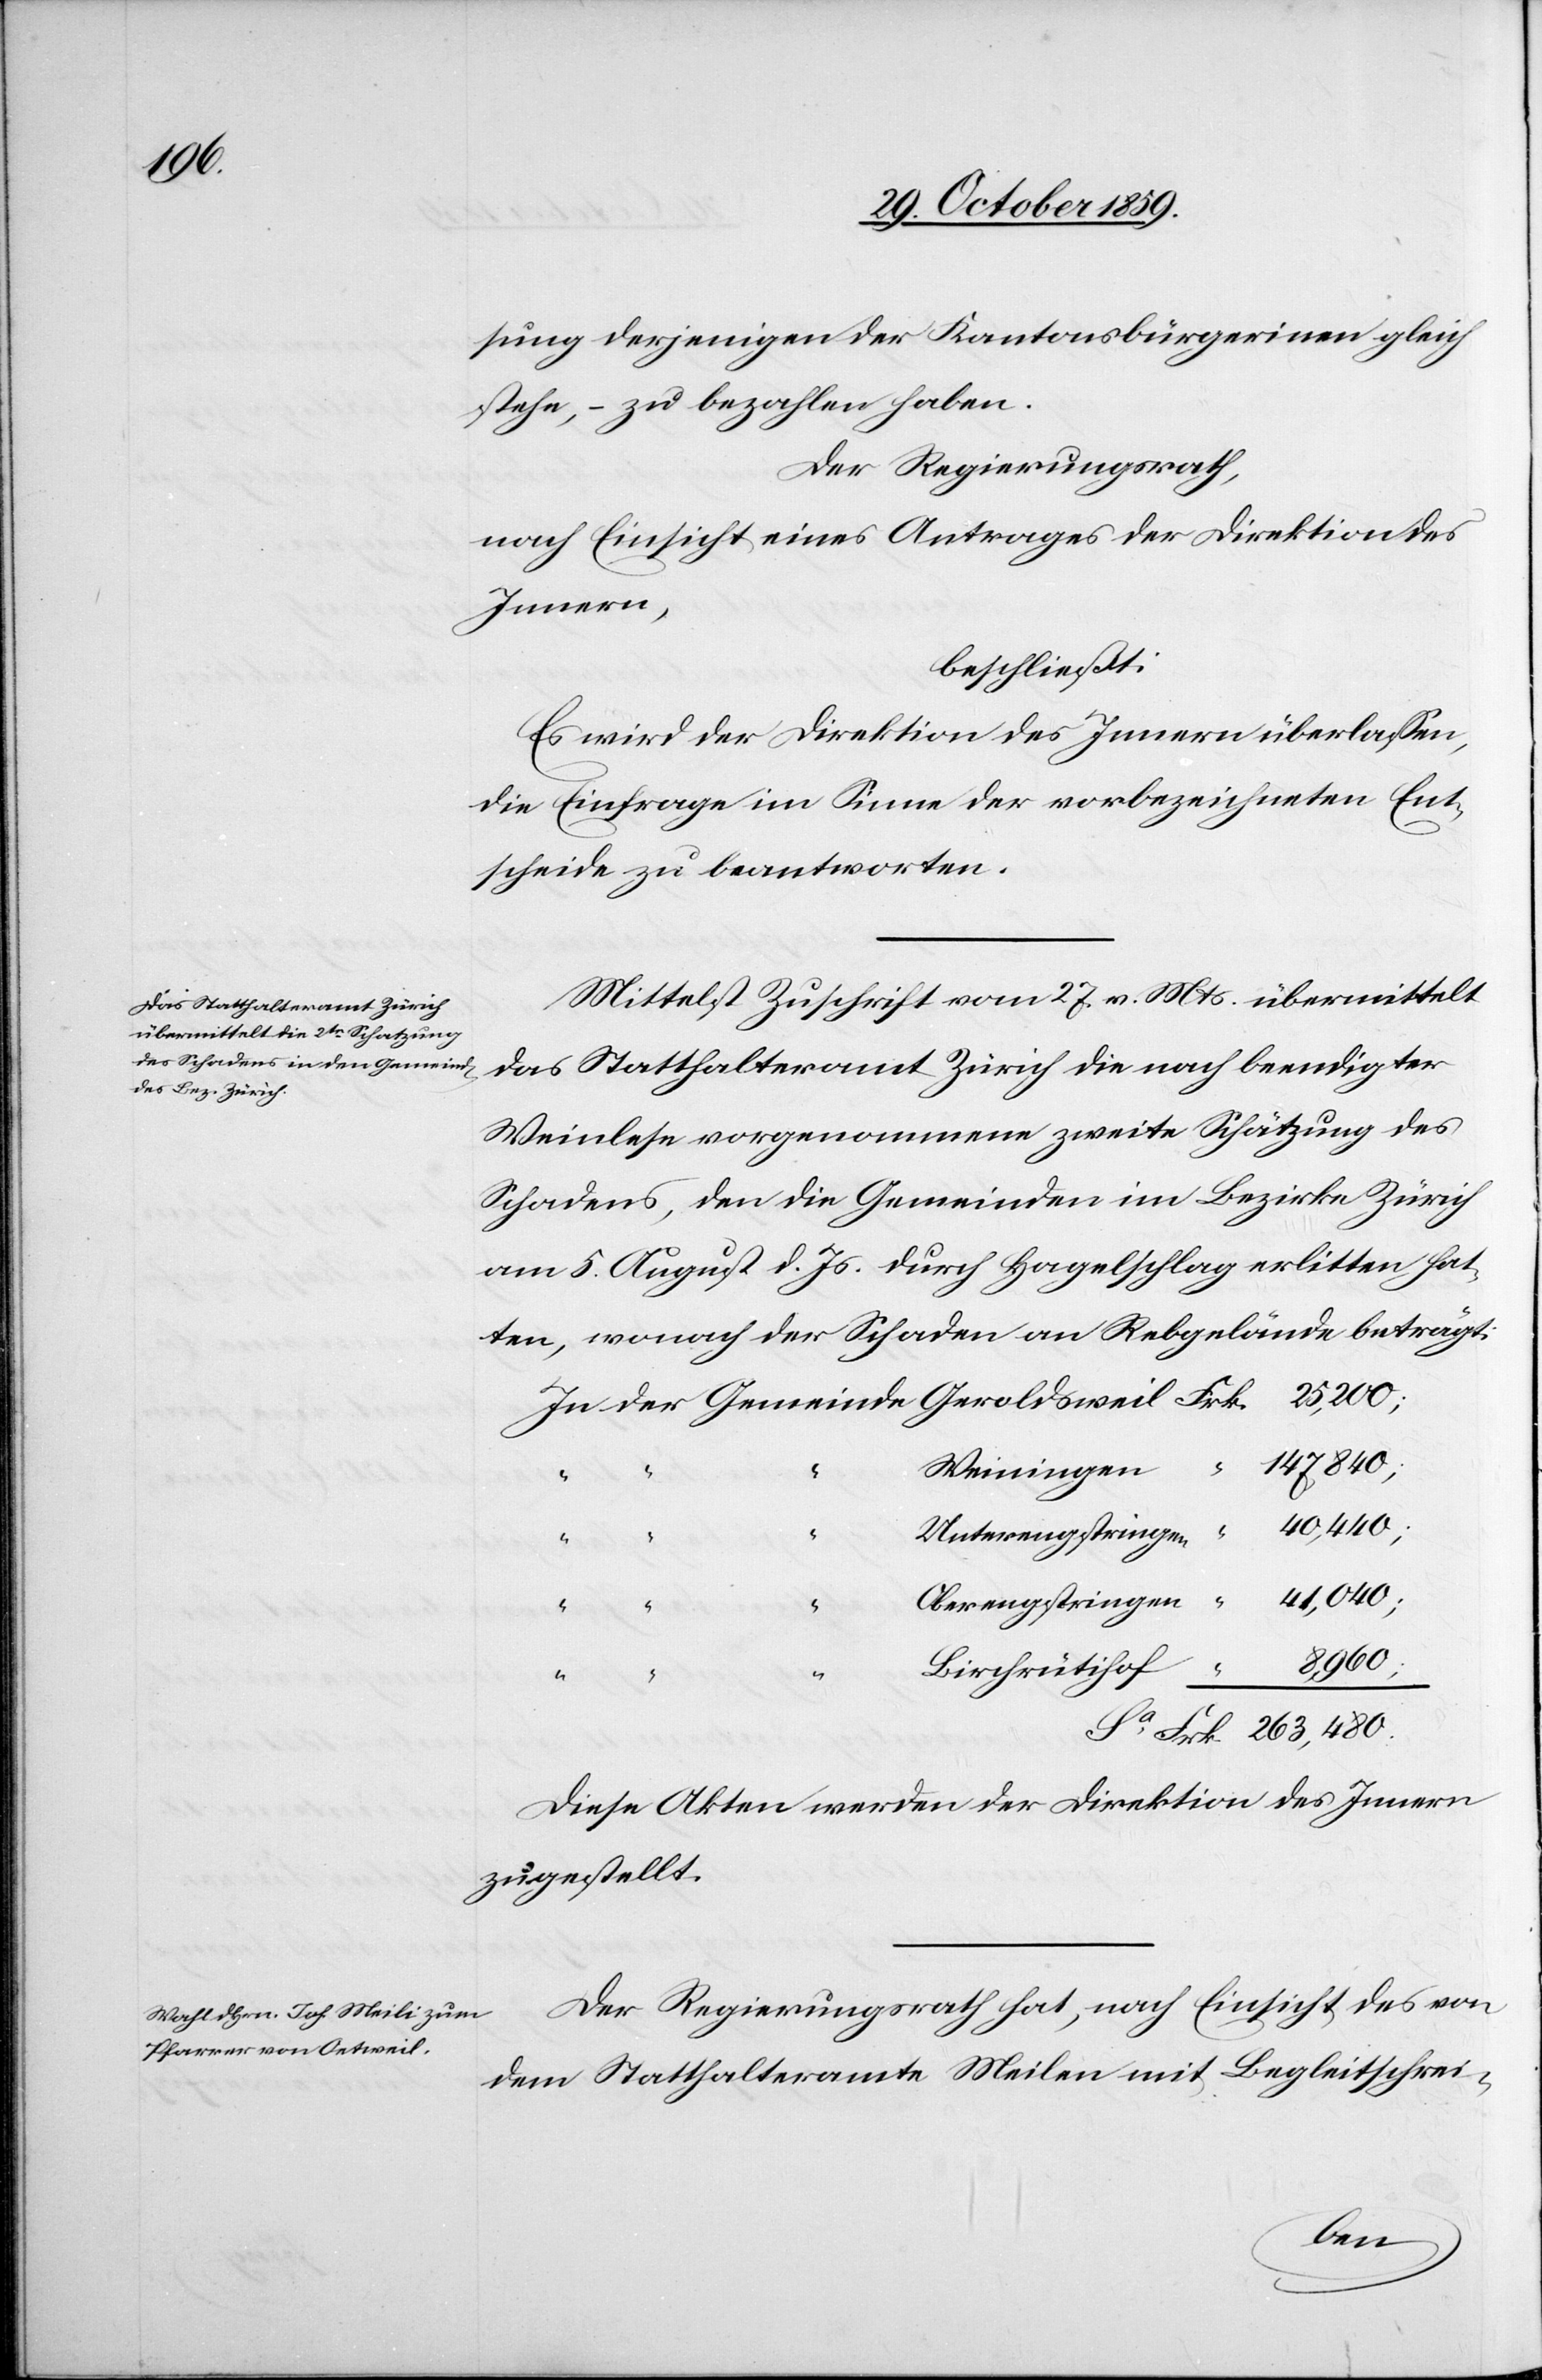
sung derjenigen der Kantonsbürgerinnen gleich
stehe – zu bezahlen haben.
Der Regierungsrath,
nach Einsicht eines Antrages der Direktion des
Innern,
beschließt:
Es wird der Direktion des Innern überlassen,
die Einfrage im Sinne der vorbezeichneten Ent¬
scheide zu beantworten.
Mittelst Zuschrift vom 27. v. Mts. übermittelt
das Statthalteramt Zürich die nach beendigter
Weinlese vorgenommene zweite Schätzung des
Schadens, den die Gemeinden im Bezirk Zürich
am 5. August d. Js. durch Hagelschlag erlitten hat¬
ten, wonach der Schaden an Rebgelände beträgt:
147,840;
Frk.
“
Weiningen
263,480.
Birchrütihof
“
Diese Akten werden der Direktion des Innern
zugestellt.
Der Regierungsrath hat, nach Einsicht des von
dem Statthalteramte Meilen mit Begleitschrei-